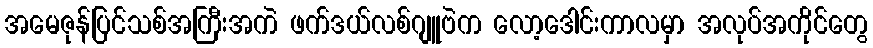
အမေဇုန်ပြင်သစ်အကြီးအကဲ ဖက်ဒယ်လစ်ဂျူဗဲက လော့ဒေါင်းကာလမှာ အလုပ်အကိုင်တွေ